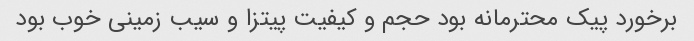
برخورد پیک محترمانه بود حجم و کیفیت پیتزا و سیب زمینی خوب بود